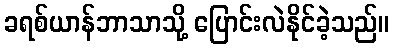
ခရစ်ယာန်ဘာသာသို့ ပြောင်းလဲနိုင်ခဲ့သည်။